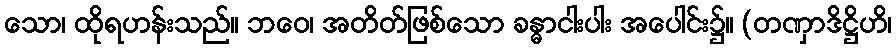
သော၊ ထိုရဟန်းသည်။ ဘဝေ၊ အတိတ်ဖြစ်သော ခန္ဓာငါးပါး အပေါင်း၌။ (တဏှာဒိဋ္ဌိဟိ၊